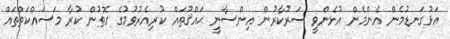
އަޅުގަނޑުމެން އެންމެން އުޅެންވީ ސަރުކާރުން އިންސާނީ ޙައްޤުތައް ކުރިއެރުވުމުގެ ގޮތުން ކުރާ މަސައްކަތްތައް